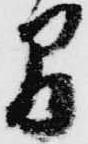
間